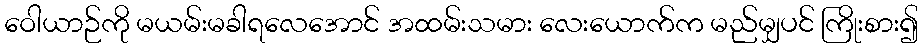
ဝေါယာဉ်ကို မယမ်းမခါရလေအောင် အထမ်းသမား လေးယောက်က မည်မျှပင် ကြိုးစား၍